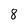
Character: 8